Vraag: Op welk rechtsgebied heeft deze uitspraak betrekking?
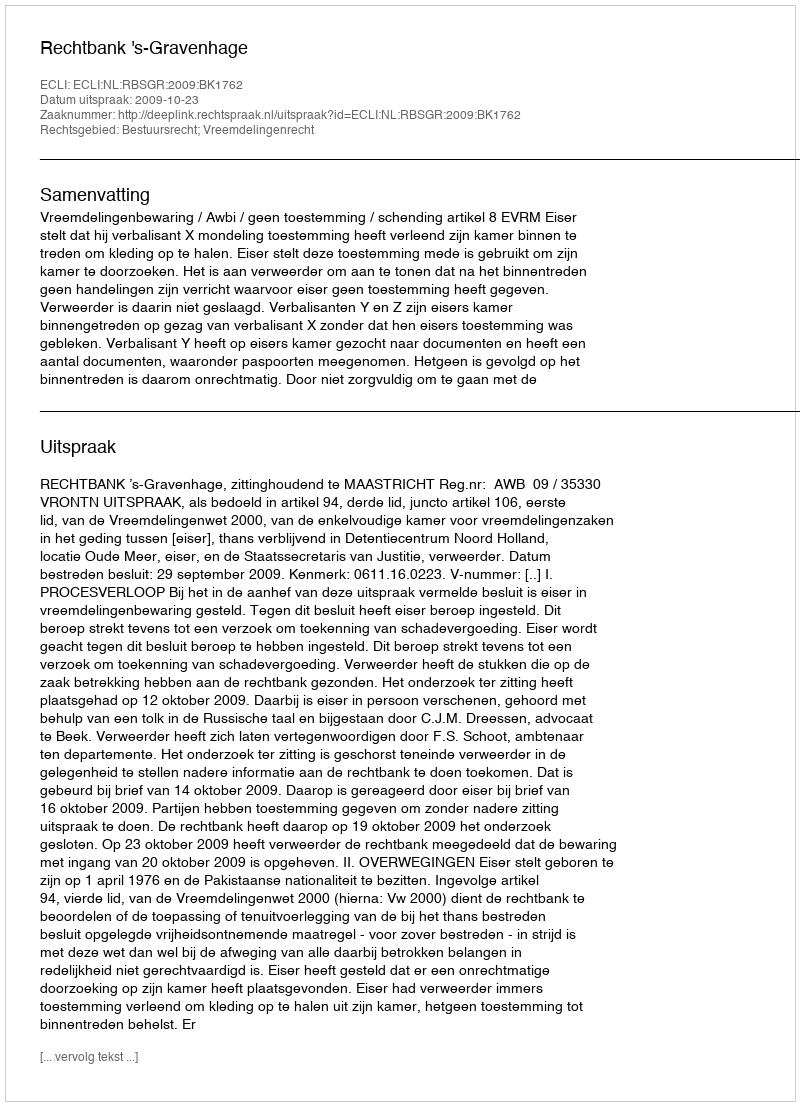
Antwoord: Bestuursrecht; Vreemdelingenrecht